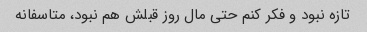
تازه نبود و فکر کنم حتی مال روز قبلش هم نبود، متاسفانه